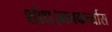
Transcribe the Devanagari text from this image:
शोध।मनकर्त्यास